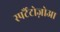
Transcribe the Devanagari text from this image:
स्पर्टैटोज़ोआ